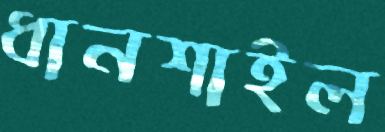
ধানশাইল